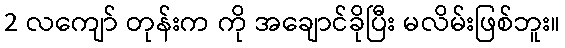
2 လကျော် တုန်းက ကို အချောင်ခိုပြီး မလိမ်းဖြစ်ဘူး။